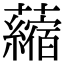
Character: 𧃴